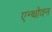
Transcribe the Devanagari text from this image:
एन्थोवन